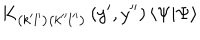
K _ { \left( k ^ { \prime } l ^ { \prime } \right) \left( k ^ { \prime \prime } l ^ { \prime \prime } \right) } \left( y ^ { \prime } , y ^ { \prime \prime } \right) \left\langle \Psi | \Psi \right\rangle